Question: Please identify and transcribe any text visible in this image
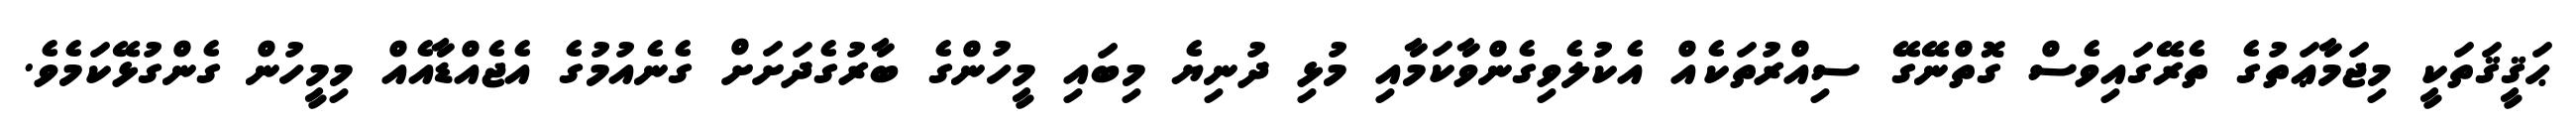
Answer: ޙަޤީޤަތަކީ މިޖަމާޢަތުގެ ތެރޭގައިވެސް ގޮތްނޭގޭ ސިއްރުތަކެއް އެކުލެވިގެންވާކަމާއި މުޅި ދުނިޔެ މިބައި މީހުންގެ ބާރުގެދަށަށް ގެނެއުމުގެ އެޖެއްޑާއެއް މިމީހުން ގެންގުޅޭކަމެވެ.